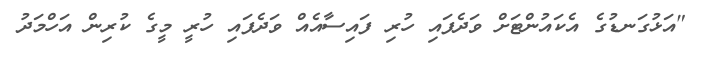
"އަޅުގަނޑުގެ އެކައުންޓަށް ވަދެފައި ހުރި ފައިސާއެއް ވަދެފައި ހުރީ މީގެ ކުރިން އަހްމަދު